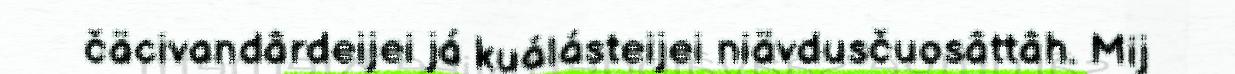
čäcivandârdeijei já kuálásteijei niävdusčuosâttâh. Mij